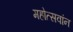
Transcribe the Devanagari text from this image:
महोत्सवांन